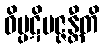
ဝိပ္ပဋိပဇ္ဇန္တီတိ